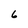
Character: 6